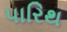
પારિથ